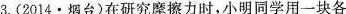
3. (2014·烟台)在研究摩擦力时，小明同学用一块各